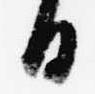
日